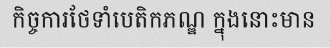
កិច្ចការថែទាំបេតិកភណ្ឌ ក្នុងនោះមាន